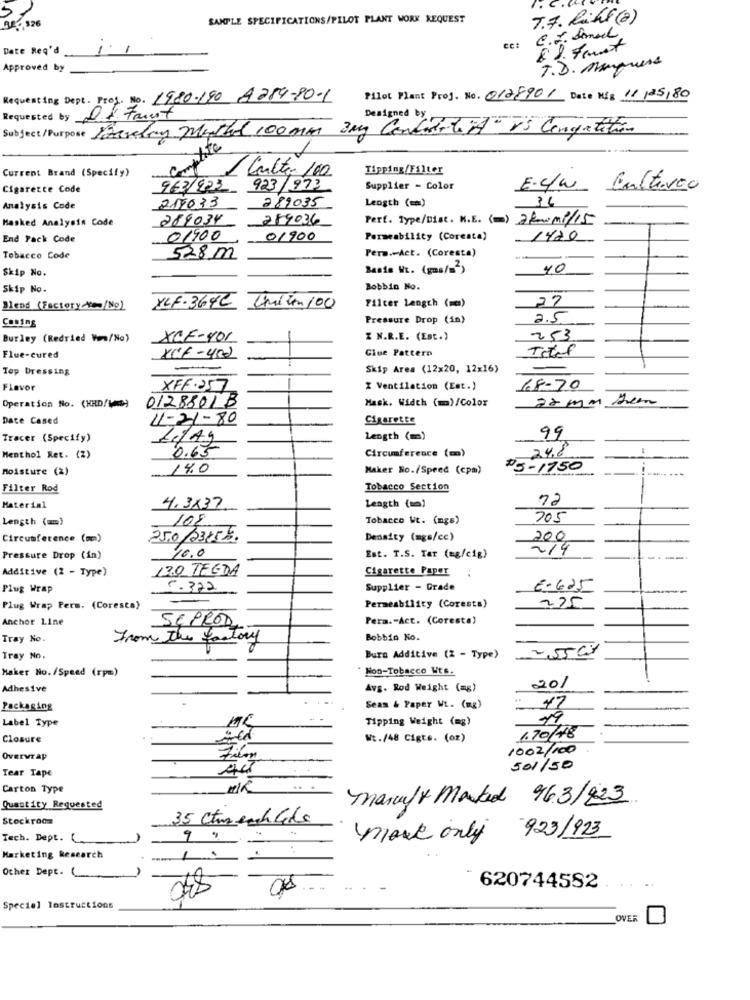
51
SAMPLE SPECIFICATIONS/PILOT PLANT WORK REQUEST
T.7. Riht (a)
C.J. danach
Date Req'd
cc:
8. 2. Frust
Approved by
T.D. Manquera
Requesting Dept. Prof. No. 1980-190 A284-80-1
Pilot Plant Proj. No. 0128901 Date Mig 11/25/80
Requested by D.f.Faust
Designed by
Subject/Purpose Starten Method 100mm 3mg Condidtard is Cenyatation
complice
Current Brand (Specify)
1 Culto 100
Tipping/Filter
Cigarette Code
963/923
923/973
Supplier - Color
E.C/W Cultivoo
36
Analysis Code
217033
289035
Length (=)
Masked Analysis Code
289034
289036
Perf. Type/Dist. N.E. () 2for01/15
End Pack Code
01900
01900
Permeability (Coreata)
1470
Pera .- Act. (Coresta)
Tobacco Code
528 m
Skip No.
Basia Vt. (gms/=2)
40
Skip No.
Bobbin No.
Filter Length (mc)
27
Blend (Factory -Nom/No)
XCF-364C Uniten 100
Pressure Drop (in)
2.5
Burley (Redried Von/No)
XCE-401
Z N.R.E. (Est.)
253
Glue Pattern
Titel
Flue-cured
XCF-402
Top Dressing
Skip Area (12x20, 12x16)
Flavor
XFF.257
% Ventilation (Est.)
68-70
Operation No. (KRD/MMS)
72 mm
0128801B
Mask. Width (m)/Color
Date Cased
11-21-80
Cigarette
Tracer (Specify)
Le/Ag
Length (m)
99
0.65
24.8
Menthol Ret. (%)
Circumference (m)
moisture (2)
140
Maker No./Speed (cpm)
#5-1750
Filter Rod
Tobacco Section
72
Material
4.3837
Length (um)
Length (=)
105
Tobacco Wt. (ngs)
705
Circumference (mm)
Density (mga/cc)
200
16.0
2/4
Pressure Drop (in)
Est. T.S. Tar (eg/cig)
Additive (2 - Type)
130 TECDA
Cigarette Paper
Plug Wrap
5.372
Supplier - Grade
E-625
225
Plug Wrap Perm. (Coresta)
Permeability (Corests)
Anchor Line
Pera .- Act. (Coresta)
SEPROD
Tray No.
From the factory
Bobbio No.
2,55 Cm
Tray No.
Bura Additive (2 - Type)
Maker No./Speed (rpm)
" Non-Tobacco Wts.
Adhesive
Avg. Rod Weight (mg)
20/
Packaging
Seas & Paper WL. (mg)
47
Label Type
Tipping Weight (mg)
19
1.70/48
Closure
Wt./48 Cigte. (oz)
1002/100
Overwrap
Tear Tape
501/50
Carton Type
Manuf& Marked 963/223
Quantity Requested
Stockroom
35 Ctmech like
Tech. Dept. (
more only
923/923
:
Marketing Research
Other Dept. (
048
620744582
Speciel lastructions
OVER